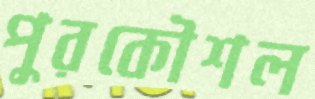
পুরকৌশল